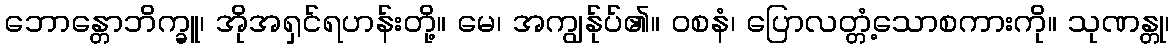
ဘောန္တောဘိက္ခူ၊ အိုအရှင်ရဟန်းတို့။ မေ၊ အကျွန်ုပ်၏။ ဝစနံ၊ ပြောလတ္တံ့သောစကားကို။ သုဏန္တု၊